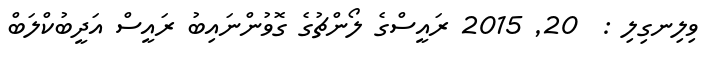
ވިލިނގިލި :  20